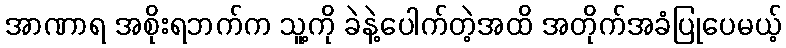
အာဏာရ အစိုးရဘက်က သူ့ကို ခဲနဲ့ပေါက်တဲ့အထိ အတိုက်အခံပြုပေမယ့်